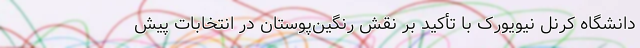
دانشگاه کرنل نیویورک با تأکید بر نقش رنگین‌پوستان در انتخابات پیش